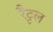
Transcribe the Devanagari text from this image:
रैट्टल